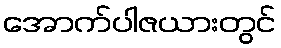
အောက်ပါဇယားတွင်